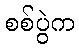
စစ်ပွဲက